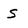
Character: s